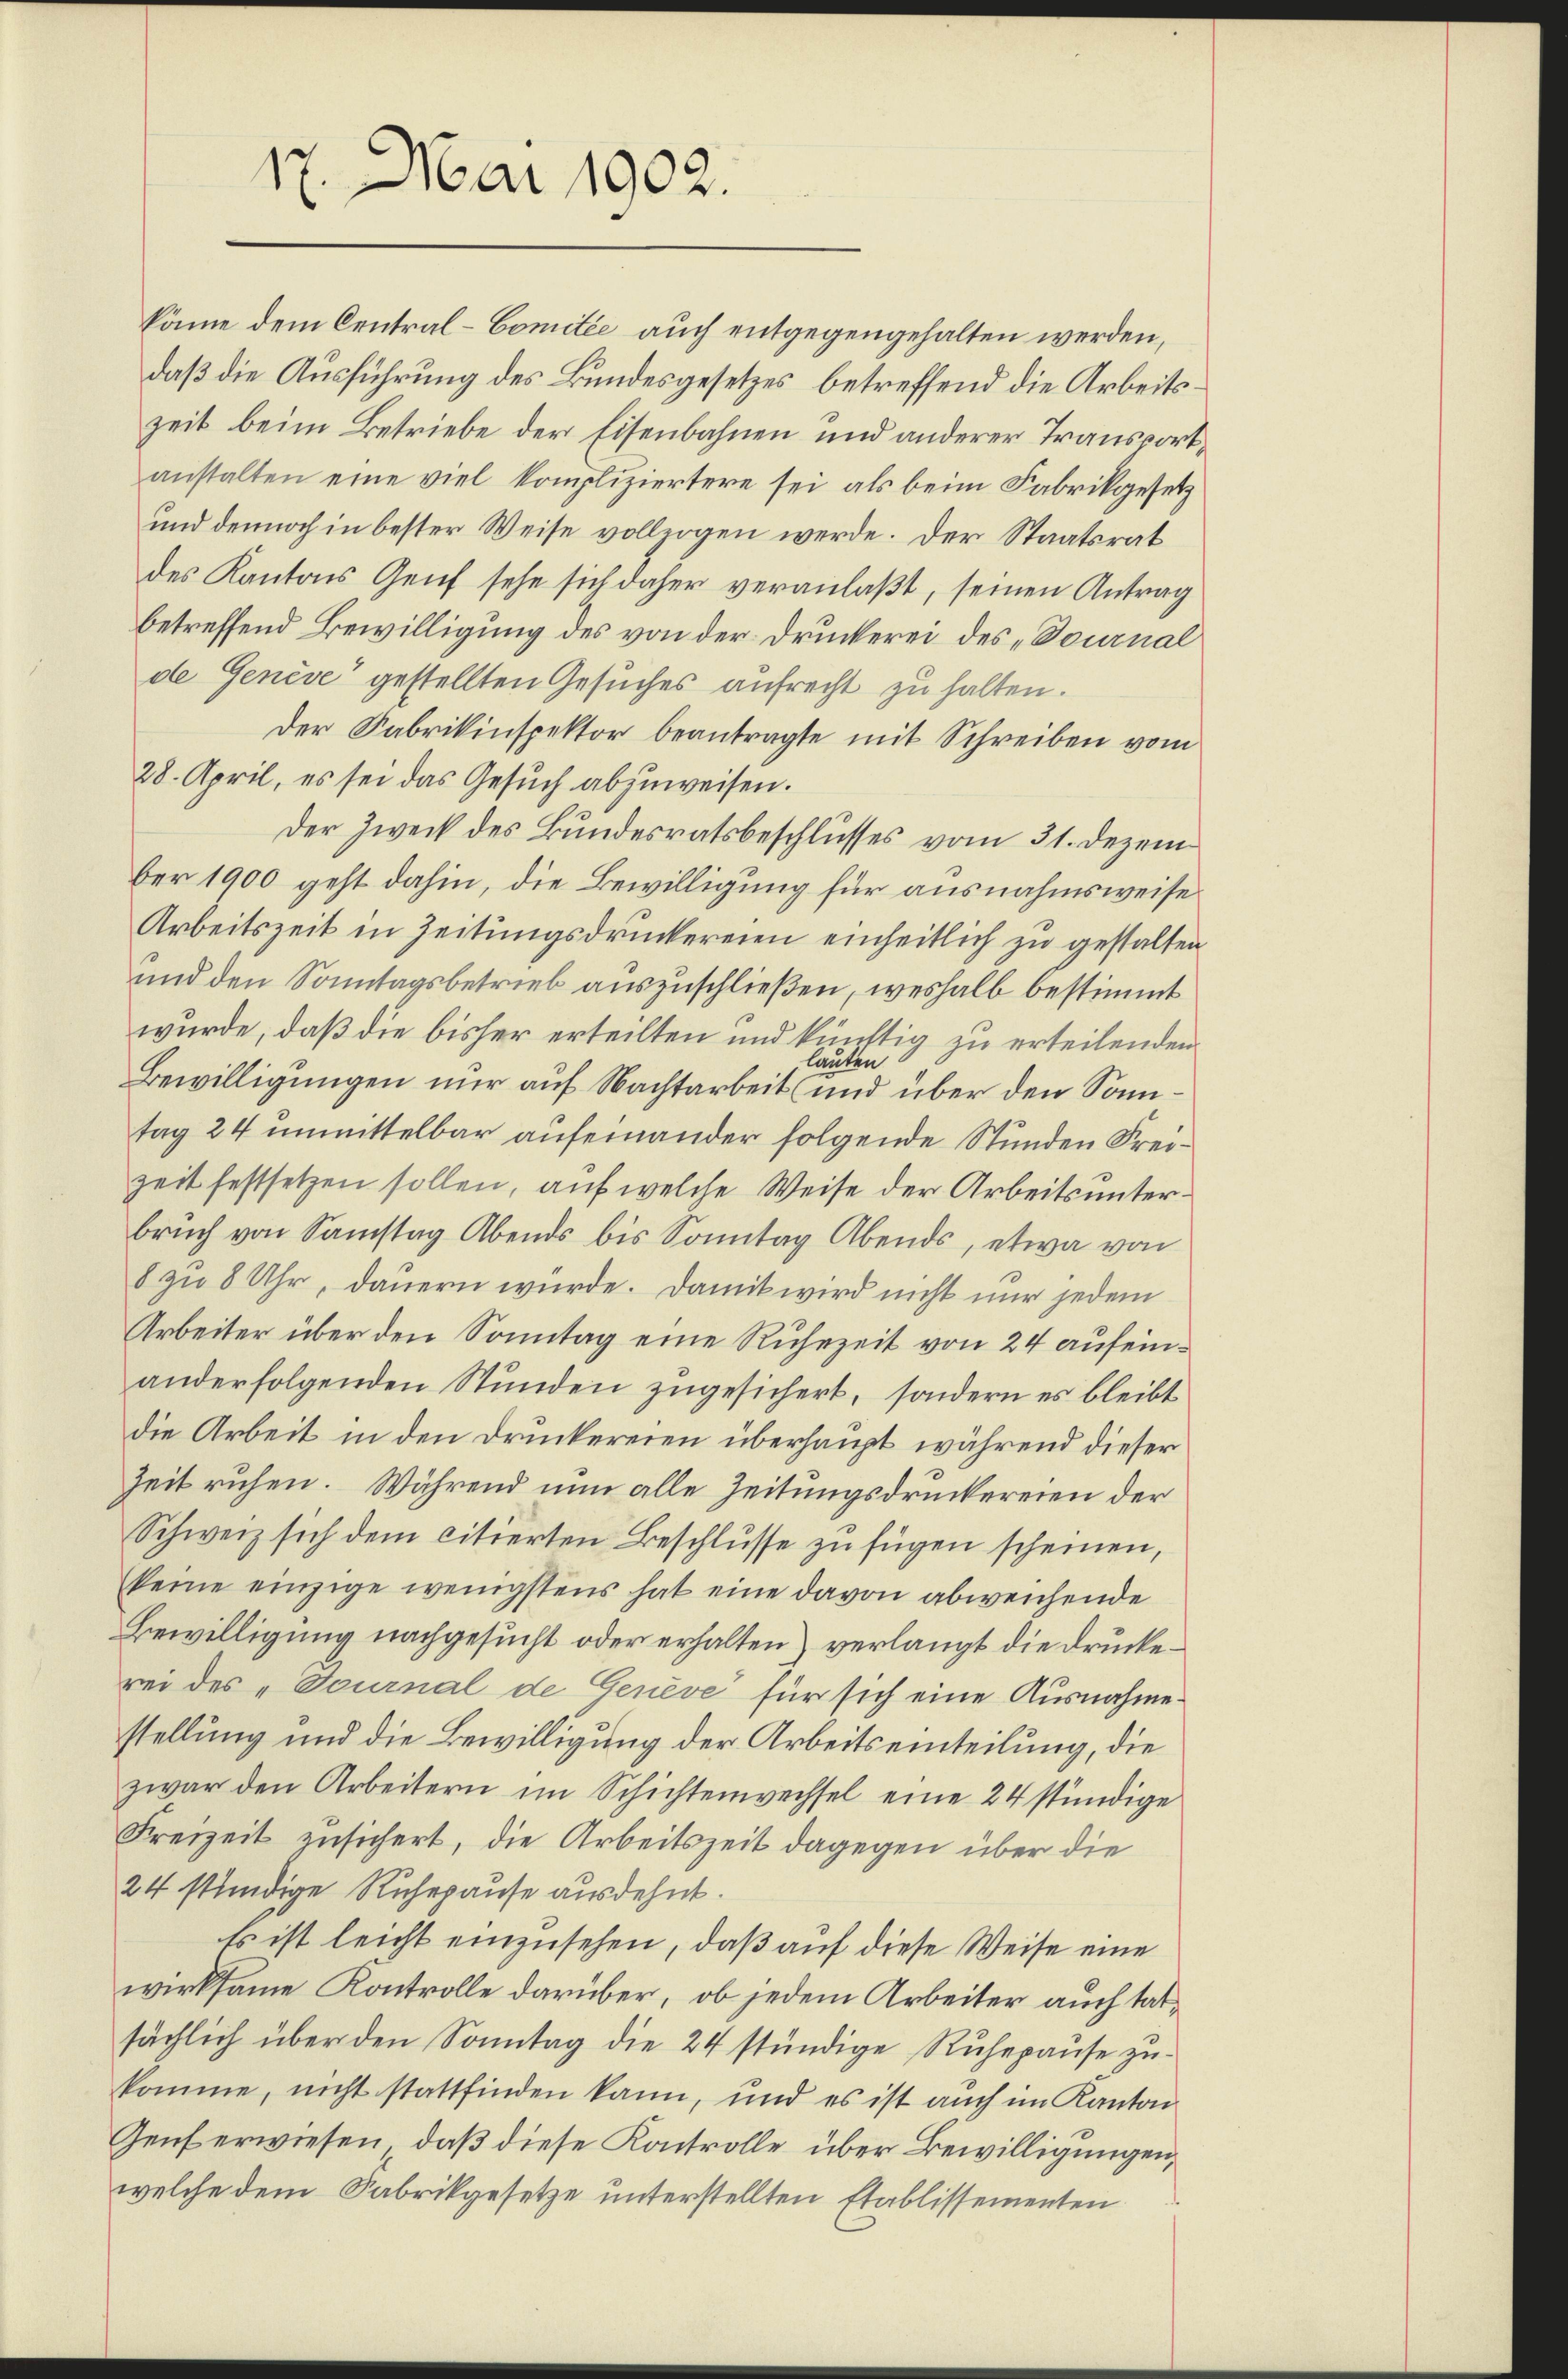
und dennoch in bester Weise vollzogen werde. Der Staatsrat
des Kantons Genf sehe sich daher veranlaßt, seinen Antrag
betreffend Bewilligung des von der Druckerei des „Tournal
de Genève“ gestellten Gesuches aufrecht zu halten.
Der Fabrikinspektor beantragte mit Schreiben vom
28. April, es sei das Gesuch abzuweisen.
Der Zweck des Bundesratsbeschlusses vom 31. Dezem
ber 1900 geht dahin, die Bewilligung für ausnahmsweise
Arbeitszeit in Zeitungsdruckereien einheitlich zu gestalten
und den Sonntagsbetrieb auszuschließen, weshalb bestimmt
wurde, daß die bisher erteilten und künftig zu erteilenden
lauten.
Bewilligungen nur auf Nachtarbeit und über den Sonntag 24 unmittelbar aufeinander folgende Stunden Freizeit festsetzen sollen, auf welche Weise der Arbeitsunterbrŭch von Samstag Abends bis Sonntag Abends, etwa von
8 zu 8 Uhr, dauern würde. Damit wird nicht nur jedem
Arbeiter über den Sonntag eine Ruhezeit von 24 aufeinanderfolgenden Stunden zugesichert, sondern es bleibt
die Arbeit in den Druckereien überhaupt während dieser
Zeit ruhen. Während nun alle Zeitungsdruckereien der
Schweiz sich dem citierten Beschlusse zu fügen scheinen,
keine einzige wenigstens hat eine davon abweichende
Bewilligung nachgesucht oder erhalten) verlangt die Druckerei des „Tournal de Genève für sich eine Ausnahmestellung und die Bewilligung der Arbeitseinteilung, die
zwar den Arbeitern im Schichtenwechsel eine 24 stündige
Freizeit zusichert, die Arbeitszeit dagegen über die
24 stündige Ruhepause ausdehnt.
Es ist leicht einzusehen, daß auf diese Weise eine
wirksame Kontrolle darüber, ob jedem Arbeiter auch tatsächlich über den Sonntag die 24 stündige Ruhepause zu
komme, nicht stattfinden kann, und es ist auch im Kanton
Genf erwiesen, daß diese Kontrolle über Bewilligungen,
welche dem Fabrikgesetze unterstellten Etablissementen

17. Mai 1902.

könne dem Central-Comitée auch entgegengehalten werden,
daß die Ausführung des Bundesgesetzes betreffend die Arbeitszeit beim Betriebe der Eisenbahnen und anderer Transportanstalten eine viel kompliziertere sei als beim Fabrikgesetz